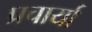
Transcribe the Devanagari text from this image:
प्रचार्या